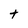
Character: t